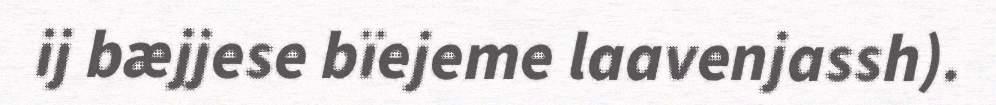
ij bæjjese bïejeme laavenjassh).